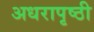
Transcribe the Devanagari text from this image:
अधरापृष्ठी